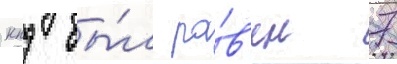
кпд бы́л ра́в'ен 7